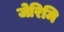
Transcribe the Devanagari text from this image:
जेरिमि